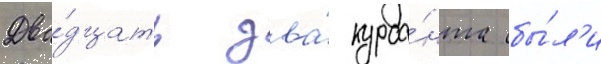
Два́дцать два́ курса́нта бы́л'и